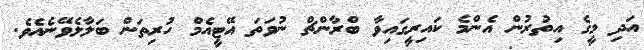
އަދި މީގެ އިތުރުން އެންމެ ކައިރީގައިވާ ބްރާންޗް ނުވަތަ އޭޓީއެމް ހުރިތަން ބަލާލެވޭނެއެވެ.